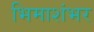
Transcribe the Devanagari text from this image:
भिमाशंभर